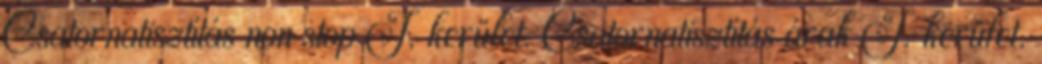
Csatornatisztítás non stop I. kerület. Csatornatisztítás árak I. kerület.